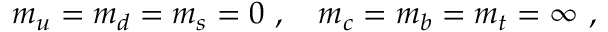
m _ { u } = m _ { d } = m _ { s } = 0 ~ , \quad m _ { c } = m _ { b } = m _ { t } = \infty ~ ,